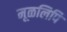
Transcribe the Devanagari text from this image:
मूळलिपि